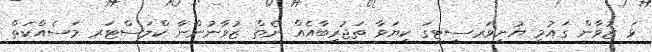
ޅަ ޒުވާން ގައުމީ ޔުނިވަރސިޓީގަ ކިޔަވާ ތަޖުރިބާއެއް ނެތް ޒުވާނުންނާ ކްލަސްޓަރ މަސެއްކަތް